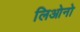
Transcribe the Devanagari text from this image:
लिओनो